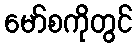
မော်စကိုတွင်